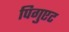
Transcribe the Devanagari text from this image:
पिगुएट